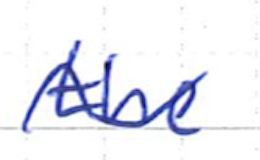
Text: the
Cross-out: wave
Writing tool: ballpoint